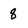
Character: 8